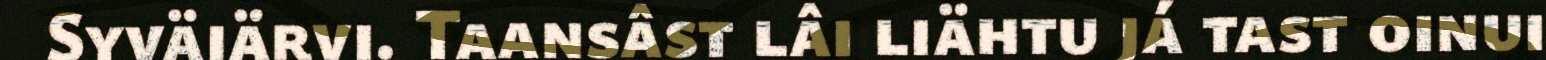
Syväjärvi. Taansâst lâi liähtu já tast oinui